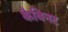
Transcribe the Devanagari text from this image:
कैबिनट